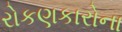
રોકણકારોના